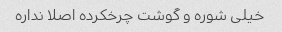
خیلی شوره و گوشت چرخکرده اصلا نداره